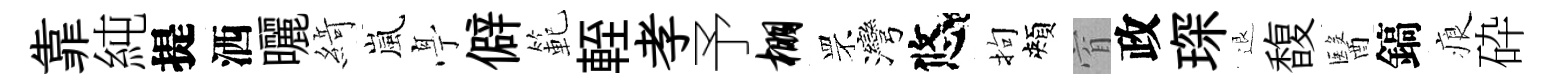
靠純提洒曬𦂶嵐𠅘僻範輊孝予棚罘灣悠拘頰窅政琛退馥醫鎬痕砕